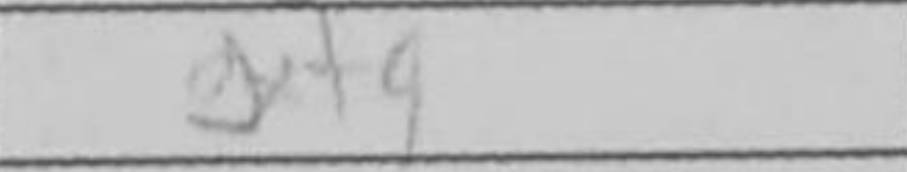
Transcription: gxf4